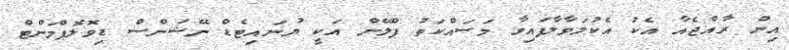
އިން ރާއްޖެއާ އެކު އެކުލަވާލާފައިވާ މަސައްކަތު ޕްލޭން އަކީ ޔުނައިޓެޑް ނޭޝަންސް ޑިވޮލޮޕްމަންޓް